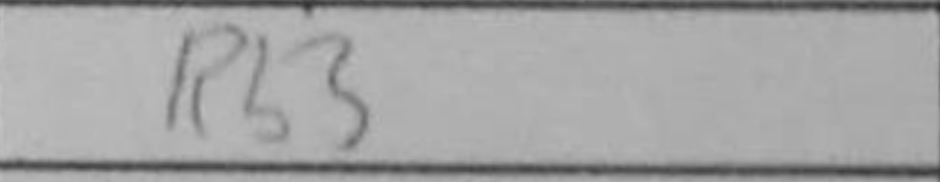
Transcription: Rb3